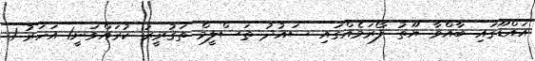
އައްޑޫގައި ބާއްވާ ޔޫތު ފޯރަމެއްގައި ސައުދު ތަސްލީމް ތަޤުރީރު ކުރައްވަނީ1 އަހަރު 1